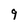
Character: 9